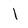
Character: I